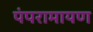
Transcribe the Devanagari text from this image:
पंपरामायण